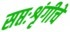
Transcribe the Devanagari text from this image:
सप्तःशृंगीचे